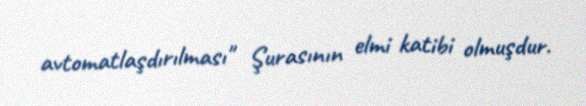
avtomatlaşdırılması" Şurasının elmi katibi olmuşdur.